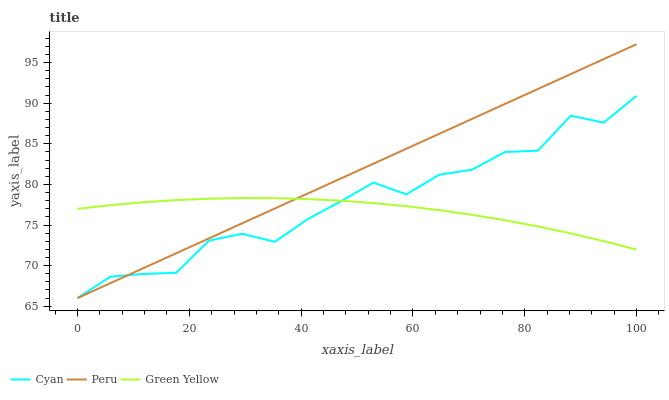
| xaxis_label | Cyan | Peru | Green Yellow |
 | --- | --- | --- | --- |
 | 0 | 66 | 66 | 77 |
 | 5.88 | 68.6 | 67.8 | 77.4 |
 | 11.8 | 69 | 69.7 | 77.8 |
 | 17.6 | 69.1 | 71.5 | 78.1 |
 | 23.5 | 73.1 | 73.4 | 78.2 |
 | 29.4 | 73.9 | 75.2 | 78.3 |
 | 35.3 | 72.9 | 77 | 78.3 |
 | 41.2 | 75.7 | 78.9 | 78.2 |
 | 47.1 | 77.9 | 80.7 | 78 |
 | 52.9 | 80.2 | 82.6 | 77.7 |
 | 58.8 | 78.8 | 84.4 | 77.3 |
 | 64.7 | 81.2 | 86.2 | 76.8 |
 | 70.6 | 81.8 | 88.1 | 76.3 |
 | 76.5 | 84 | 89.9 | 75.6 |
 | 82.4 | 84.2 | 91.8 | 74.8 |
 | 88.2 | 88.5 | 93.6 | 74 |
 | 94.1 | 87.6 | 95.4 | 73 |
 | 100 | 90.9 | 97.3 | 72 |